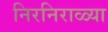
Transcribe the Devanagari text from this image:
निरनिराळ्या